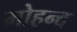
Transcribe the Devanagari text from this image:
मोहन्द